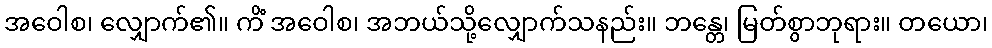
အဝေါစ၊ လျှောက်၏။ ကိံ အဝေါစ၊ အဘယ်သို့လျှောက်သနည်း။ ဘန္တေ၊ မြတ်စွာဘုရား။ တယော၊